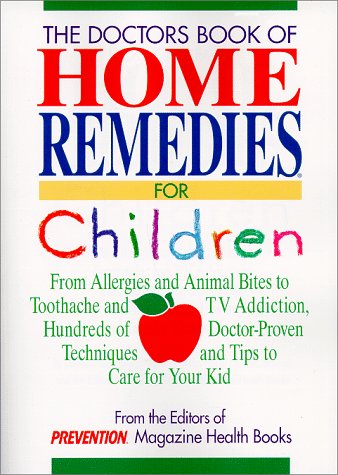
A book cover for Doctor's Book of Home Remedies for Children: From Allergies and Animal Bites to Toothache and TV Addiction, Hundreds of Doctor-Proven Techniques and T; Denise Foley; Health, Fitness & Dieting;